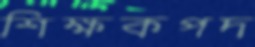
শিক্ষকপদ